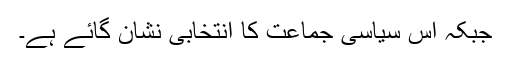
جبکہ اس سیاسی جماعت کا انتخابی نشان گائے ہے۔